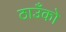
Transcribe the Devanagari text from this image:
ठाउँको